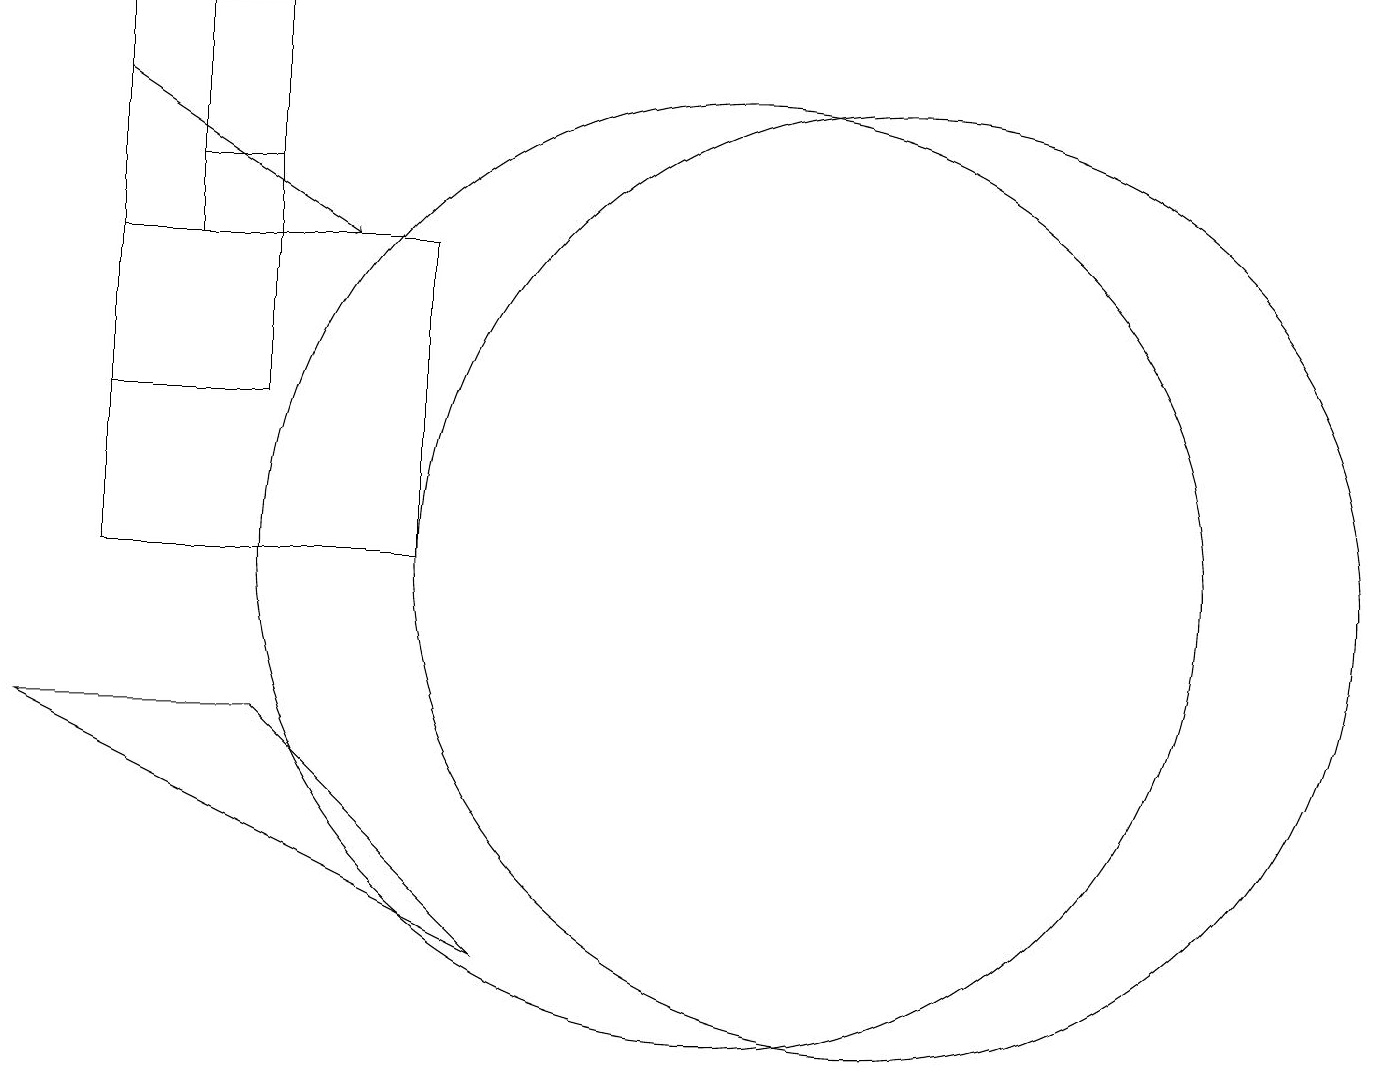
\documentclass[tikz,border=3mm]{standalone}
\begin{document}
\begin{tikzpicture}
\draw (10,10) circle (6);
\draw (2,14) rectangle (6,10);
\draw (3,17) rectangle (4,15);
\draw (3,17) rectangle (2,14);
\draw[->] (2,16) -- (5,14);
\draw (12,10) circle (6);
\draw (4,12) rectangle (2,17);
\draw (4,8) -- (1,8) -- (7,5) -- cycle;
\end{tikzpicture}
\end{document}